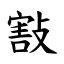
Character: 㪡